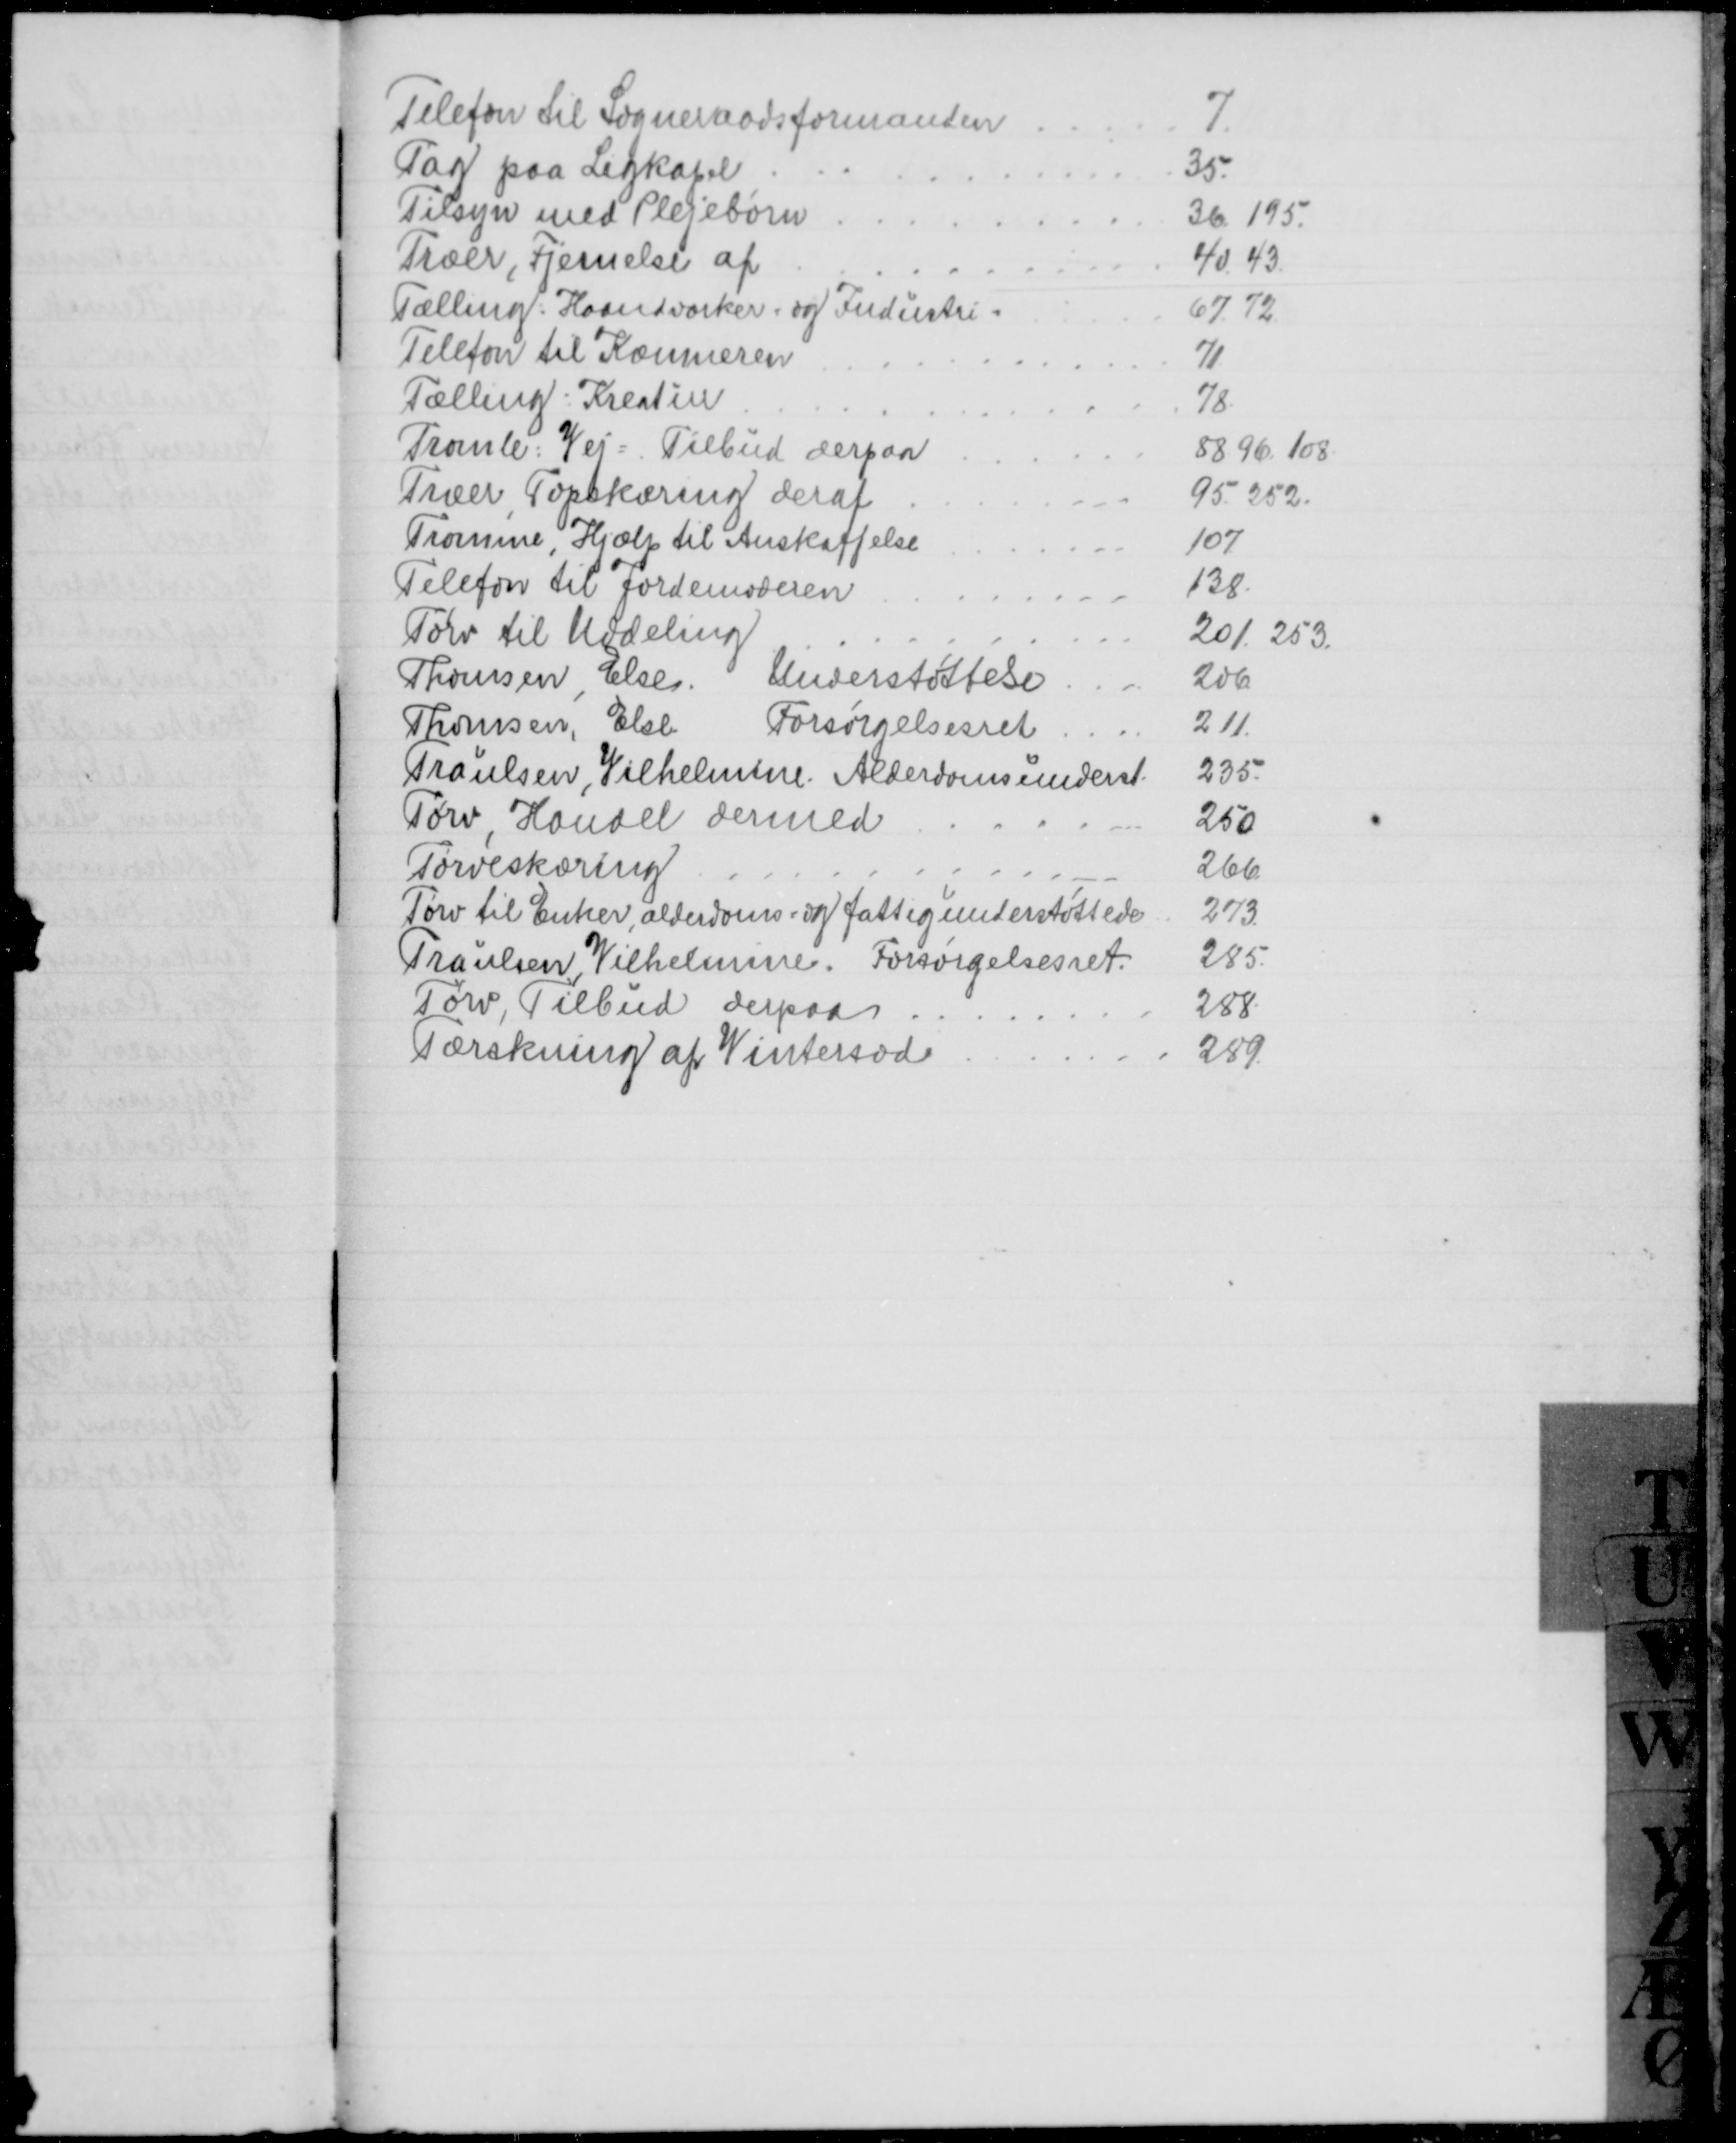
Transskription:
Telefon til Sogneraadsformanden
7
Tag paa Ligkapel
35.
Tilsyn med Plejebørn
36. 195.
Træer, Fjernelse af
40, 43
Tælling: Haandværker og Industri
67. 72
Telefon til Kæmneren
71
Tælling: Kreatur
78
Tromle: Vej = Tilbud derpaa
88. 96. 108.
Træer, Topskæring deraf
95. 252.
Tromme, Hjælp til Anskaffelse
107
Telefon til Jordemoderen
138.
Tørv til Uddeling
201. 253.
Thomsen, Else
Understøttelse
206
Thomsen, Else
Forsørgelsesret
211.
Traulsen, Vilhelmine. Alderdomsunderst.
235.
Tørv, Handel dermed
250
Tørveskæring
266
Tørv til Enker, alderdoms- og fattigunderstøttede
273
Traulsen Vilhelmine. Forsørgelsesret.
285.
Tørv, Tilbud derpaa
288
Tærskning af Vintersæd
289.